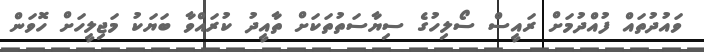
ވައުދުތައް ފުއްދުމަށް ރައީސް ސޯލިހުގެ ސިޔާސަތުތަކަށް ތާއީދު ކުރައްވާ ބަޔަކު މަޖިލީހަށް ހޮވަން